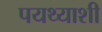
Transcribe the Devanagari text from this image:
पयथ्याशी